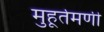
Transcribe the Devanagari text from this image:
मुहूर्तमणी